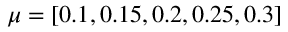
\mu = [ 0 . 1 , 0 . 1 5 , 0 . 2 , 0 . 2 5 , 0 . 3 ]